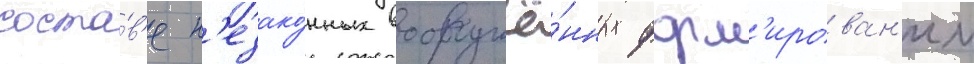
соста́в'е н'езако́нных вооружё́нных форм'ирован'ии